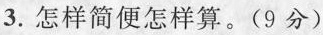
3.怎样简便怎样算。(9分)